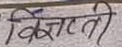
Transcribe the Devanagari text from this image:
विज्ञानी